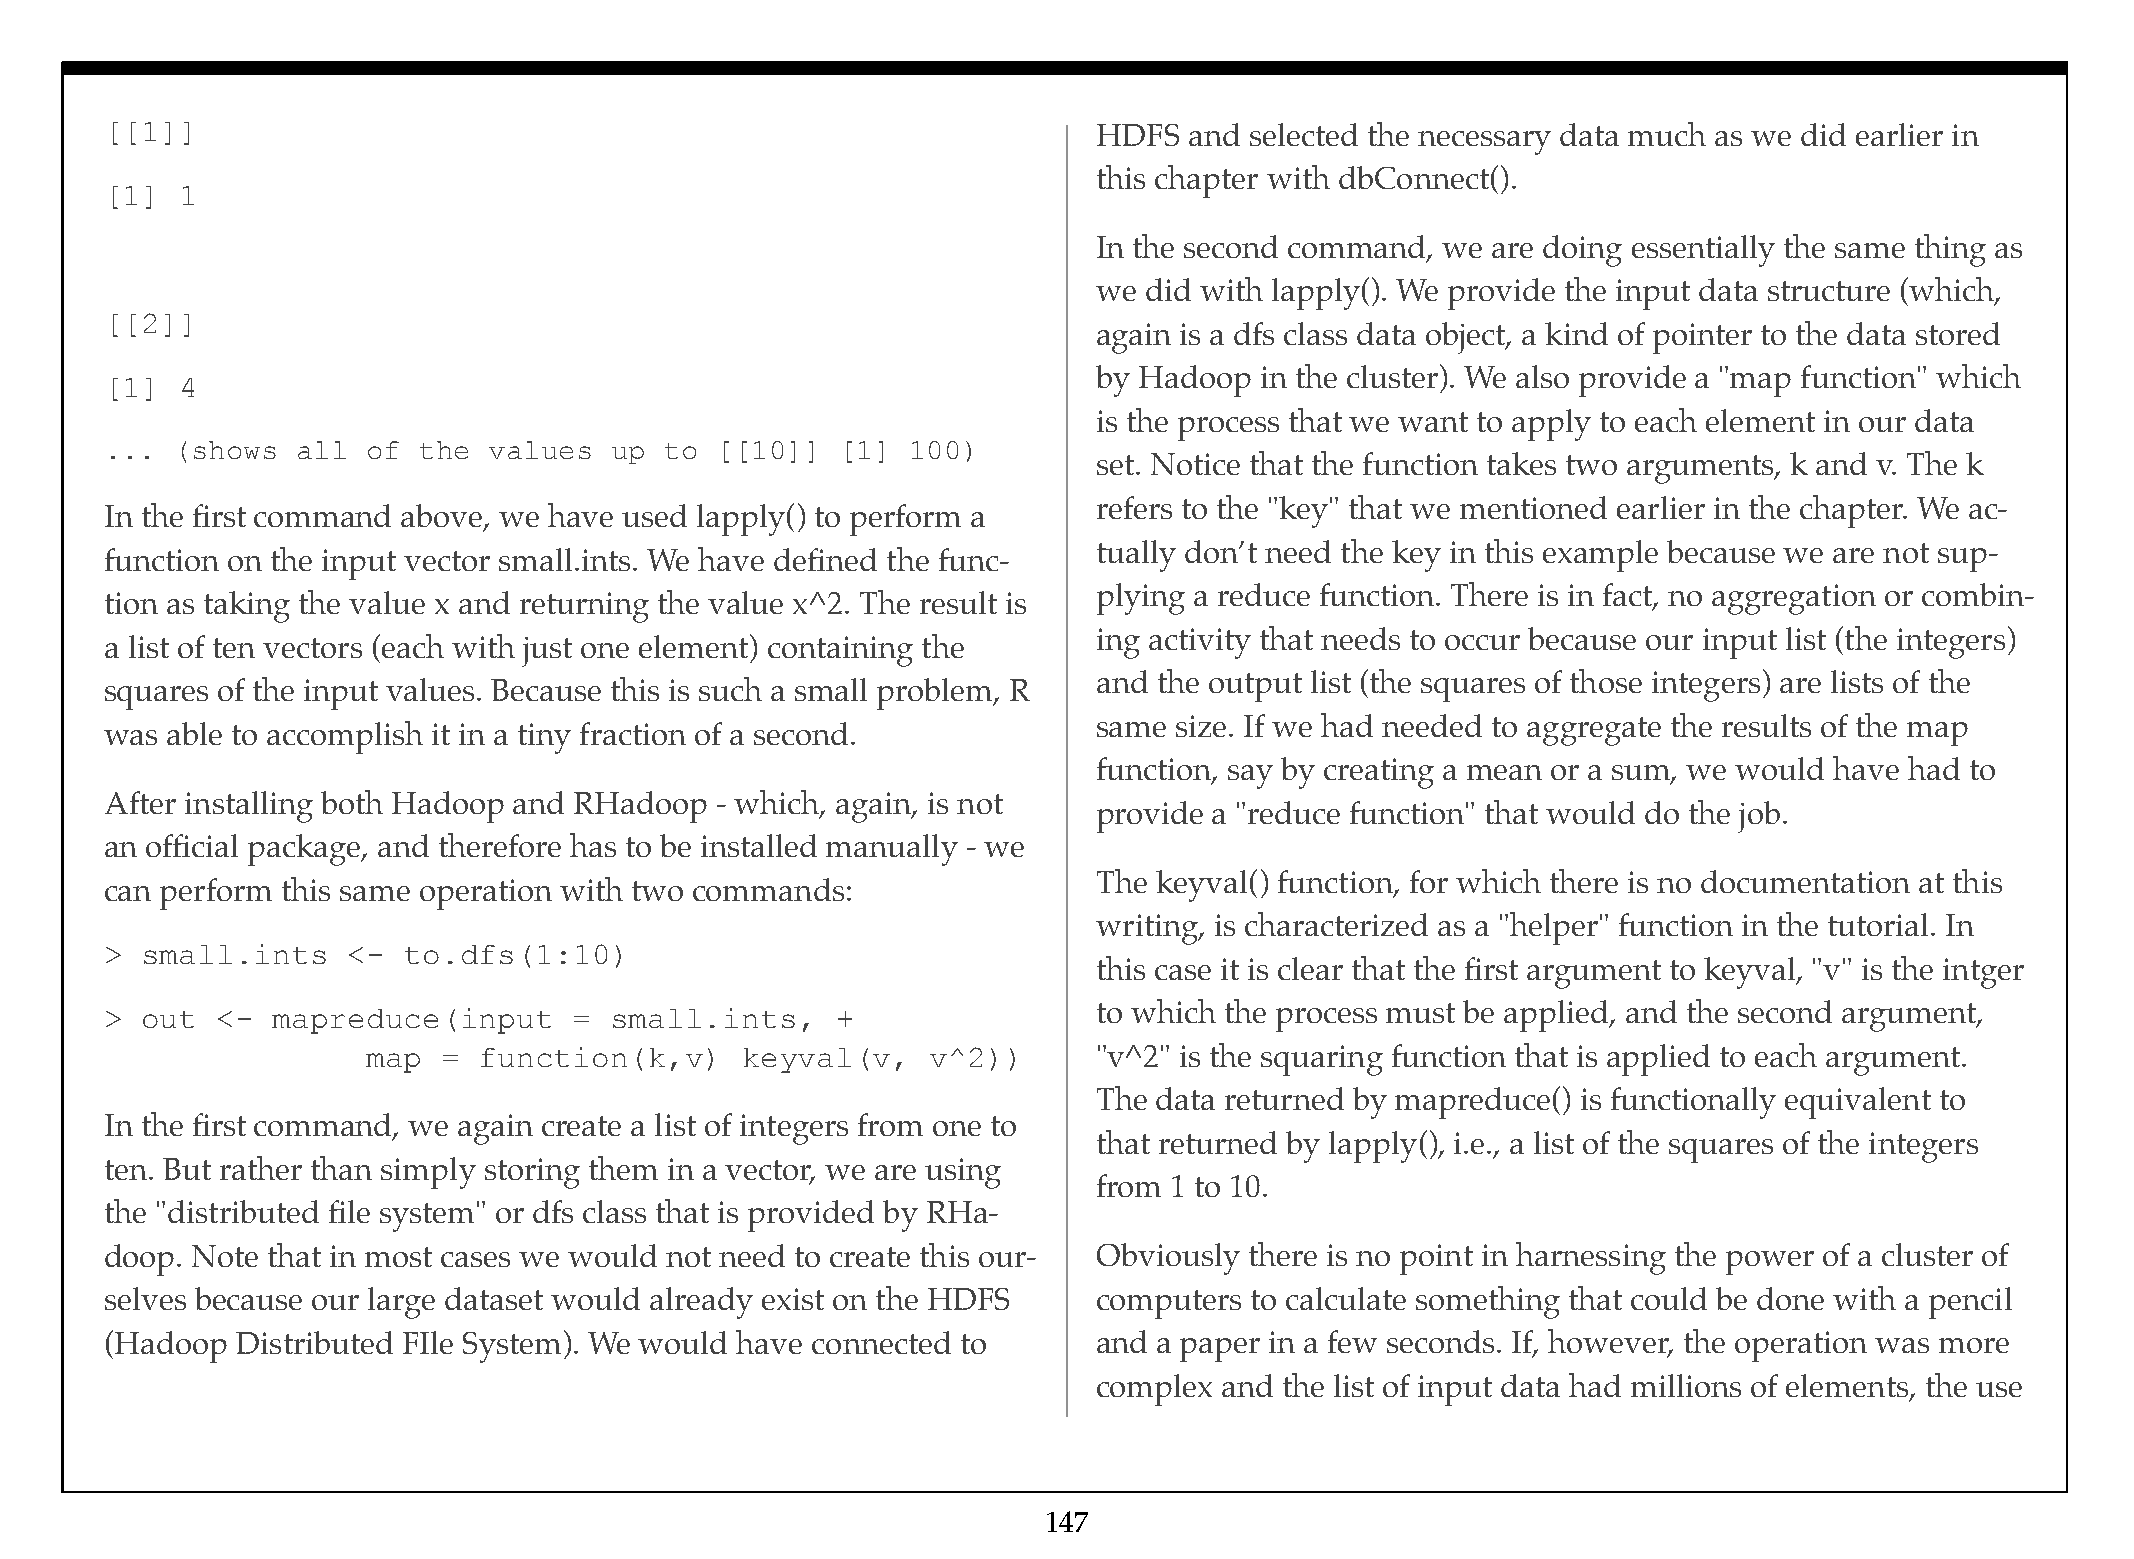
[[1]]                                                             HDFS  and selected the necessary data much as we did earlier in
 this chapter with dbConnect().
 [1]  1
 In the second command, we are doing essentially the same thing as
 we did with lapply(). We provide the input data structure (which,
 [[2]]
 again is a dfs class data object, a kind of pointer to the data stored
 by Hadoop in the cluster). We also provide a "map function" which
 [1]  4
 is the process that we want to apply to each element in our data
 ...  (shows  all of  the values   up to [[10]]   [1] 100)
 set. Notice that the function takes two arguments, k and v. The k
 refers to the "key" that we mentioned earlier in the chapter. We ac-
 In the first command above, we have used lapply() to perform a
 tually don’t need the key in this example because we are not sup-
 function on the input vector small.ints. We have defined the func-
 plying a reduce function. There is in fact, no aggregation or combin-
 tion as taking the value x and returning the value x^2. The result is
 ing activity that needs to occur because our input list (the integers)
 a list of ten vectors (each with just one element) containing the
 and the output list (the squares of those integers) are lists of the
 squares of the input values. Because this is such a small problem, R
 same size. If we had needed to aggregate the results of the map
 was able to accomplish it in a tiny fraction of a second.
 function, say by creating a mean or a sum, we would have had to
 After installing both Hadoop and RHadoop - which, again, is not
 provide a "reduce function" that would do the job.
 an official package, and therefore has to be installed manually - we
 The keyval() function, for which there is no documentation at this
 can perform this same operation with two commands:
 writing, is characterized as a "helper" function in the tutorial. In
 > small.ints    <-  to.dfs(1:10)
 this case it is clear that the first argument to keyval, "v" is the intger
 > out  <-  mapreduce(input     = small.ints,    +                 to which the process must be applied, and the second argument,
 map  =  function(k,v)    keyval(v,    v^2))      "v^2" is the squaring function that is applied to each argument.
 The data returned by mapreduce() is functionally equivalent to
 In the first command, we again create a list of integers from one to
 that returned by lapply(), i.e., a list of the squares of the integers
 ten. But rather than simply storing them in a vector, we are using
 from 1 to 10.
 the "distributed file system" or dfs class that is provided by RHa-
 doop. Note that in most cases we would not need to create this our- Obviously there is no point in harnessing the power of a cluster of
 selves because our large dataset would already exist on the HDFS  computers to calculate something that could be done with a pencil
 (Hadoop  Distributed FIle System). We would have connected to     and a paper in a few seconds. If, however, the operation was more
 complex and the list of input data had millions of elements, the use
 147